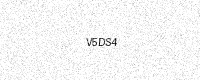
Text: V5DS4